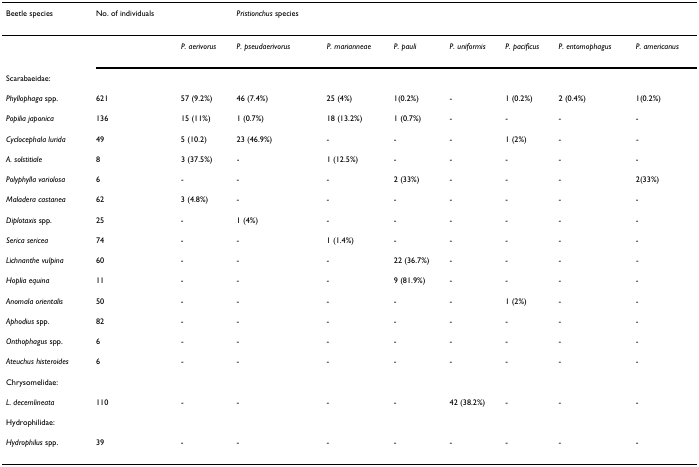
<table><thead><tr><td><b>Beetle species</b></td><td><b>No. of individuals</b></td><td></td><td><b><i>Pristionchus </i>species</b></td><td></td><td></td><td></td><td></td><td></td><td></td></tr></thead><tbody><tr><td></td><td></td><td><i>P. aerivorus</i></td><td><i>P. pseudaerivorus</i></td><td><i>P. marianneae</i></td><td><i>P. pauli</i></td><td><i>P. uniformis</i></td><td><i>P. pacificus</i></td><td><i>P. entomophagus</i></td><td><i>P. americanus</i></td></tr><tr><td>Scarabaeidae:</td><td></td><td></td><td></td><td></td><td></td><td></td><td></td><td></td><td></td></tr><tr><td><i>Phyllophaga </i>spp.</td><td>621</td><td>57 (9.2%)</td><td>46 (7.4%)</td><td>25 (4%)</td><td>1(0.2%)</td><td>-</td><td>1 (0.2%)</td><td>2 (0.4%)</td><td>1(0.2%)</td></tr><tr><td><i>Popilia japonica</i></td><td>136</td><td>15 (11%)</td><td>1 (0.7%)</td><td>18 (13.2%)</td><td>1 (0.7%)</td><td>-</td><td>-</td><td>-</td><td>-</td></tr><tr><td><i>Cyclocephala lurida</i></td><td>49</td><td>5 (10.2)</td><td>23 (46.9%)</td><td>-</td><td>-</td><td>-</td><td>1 (2%)</td><td>-</td><td>-</td></tr><tr><td><i>A. solstitiale</i></td><td>8</td><td>3 (37.5%)</td><td>-</td><td>1 (12.5%)</td><td>-</td><td>-</td><td>-</td><td>-</td><td>-</td></tr><tr><td><i>Polyphylla variolosa</i></td><td>6</td><td>-</td><td>-</td><td>-</td><td>2 (33%)</td><td>-</td><td>-</td><td>-</td><td>2(33%)</td></tr><tr><td><i>Maladera castanea</i></td><td>62</td><td>3 (4.8%)</td><td>-</td><td>-</td><td>-</td><td>-</td><td>-</td><td>-</td><td>-</td></tr><tr><td><i>Diplotaxis </i>spp.</td><td>25</td><td>-</td><td>1 (4%)</td><td>-</td><td>-</td><td>-</td><td>-</td><td>-</td><td>-</td></tr><tr><td><i>Serica sericea</i></td><td>74</td><td>-</td><td>-</td><td>1 (1.4%)</td><td>-</td><td>-</td><td>-</td><td>-</td><td>-</td></tr><tr><td><i>Lichnanthe vulpina</i></td><td>60</td><td>-</td><td>-</td><td>-</td><td>22 (36.7%)</td><td>-</td><td>-</td><td>-</td><td>-</td></tr><tr><td><i>Hoplia equina</i></td><td>11</td><td>-</td><td>-</td><td>-</td><td>9 (81.9%)</td><td>-</td><td>-</td><td>-</td><td>-</td></tr><tr><td><i>Anomala orientalis</i></td><td>50</td><td>-</td><td>-</td><td>-</td><td>-</td><td>-</td><td>1 (2%)</td><td>-</td><td>-</td></tr><tr><td><i>Aphodius </i>spp.</td><td>82</td><td>-</td><td>-</td><td>-</td><td>-</td><td>-</td><td>-</td><td>-</td><td>-</td></tr><tr><td><i>Onthophagus </i>spp.</td><td>6</td><td>-</td><td>-</td><td>-</td><td>-</td><td>-</td><td>-</td><td>-</td><td>-</td></tr><tr><td><i>Ateuchus histeroides</i></td><td>6</td><td>-</td><td>-</td><td>-</td><td>-</td><td>-</td><td>-</td><td>-</td><td>-</td></tr><tr><td>Chrysomelidae:</td><td></td><td></td><td></td><td></td><td></td><td></td><td></td><td></td><td></td></tr><tr><td><i>L. decemlineata</i></td><td>110</td><td>-</td><td>-</td><td>-</td><td>-</td><td>42 (38.2%)</td><td>-</td><td>-</td><td>-</td></tr><tr><td>Hydrophilidae:</td><td></td><td></td><td></td><td></td><td></td><td></td><td></td><td></td><td></td></tr><tr><td><i>Hydrophilus </i>spp.</td><td>39</td><td>-</td><td>-</td><td>-</td><td>-</td><td>-</td><td>-</td><td>-</td><td>-</td></tr></tbody></table>